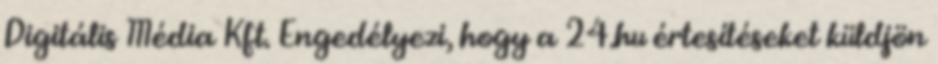
Digitális Média Kft. Engedélyezi, hogy a 24.hu értesítéseket küldjön